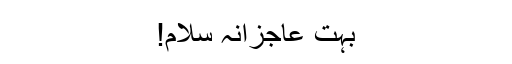
بہت عاجزانہ سلام!